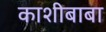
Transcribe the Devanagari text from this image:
काशीबाबा